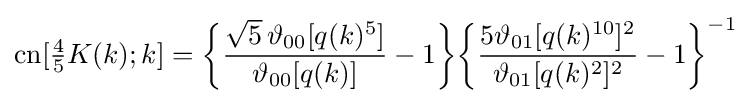
\operatorname {cn} [{\tfrac {4}{5}}K(k);k]={\biggl \{}{\frac {{\sqrt {5}}\,\vartheta _{00}[q(k)^{5}]}{\vartheta _{00}[q(k)]}}-1{\biggr \}}{\biggl \{}{\frac {5\vartheta _{01}[q(k)^{10}]^{2}}{\vartheta _{01}[q(k)^{2}]^{2}}}-1{\biggr \}}^{-1}